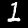
Digit: 1